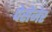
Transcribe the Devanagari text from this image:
पेसेंजेर